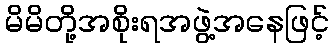
မိမိတို့အစိုးရအဖွဲ့အနေဖြင့်